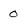
Character: 0